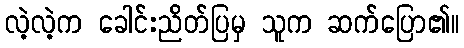
လဲ့လဲ့က ခေါင်းညိတ်ပြမှ သူက ဆက်ပြော၏။